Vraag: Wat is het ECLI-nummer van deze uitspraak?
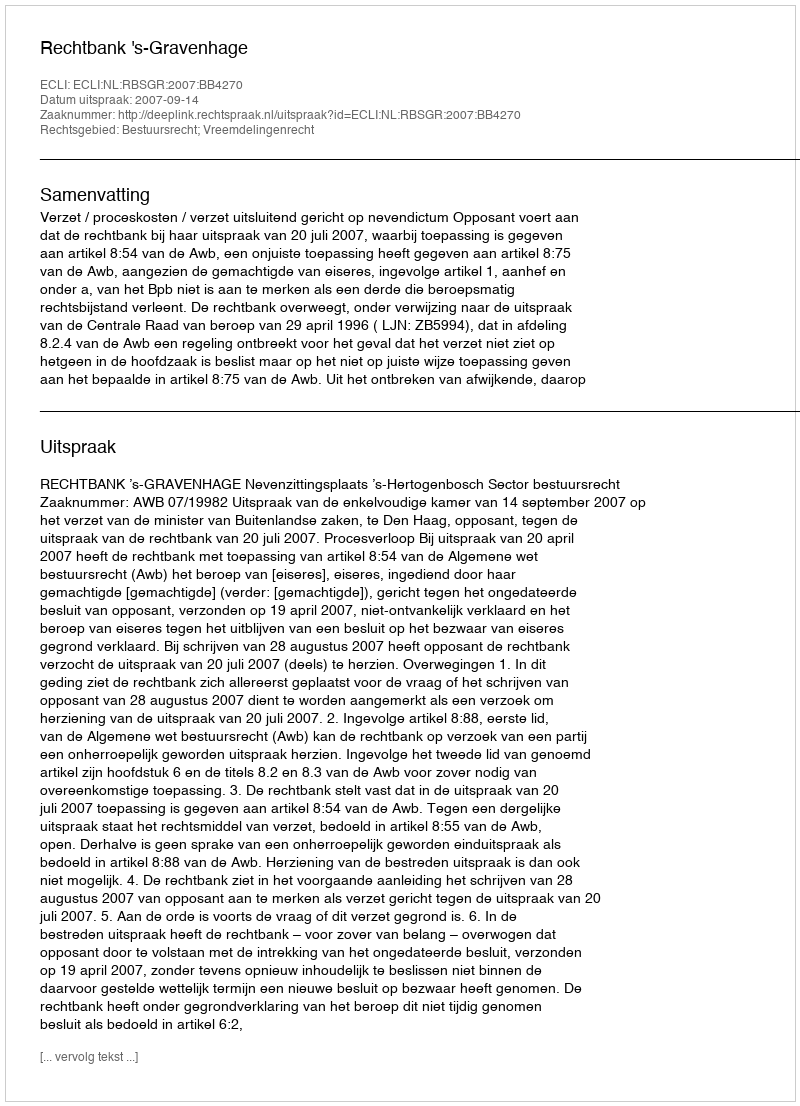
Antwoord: ECLI:NL:RBSGR:2007:BB4270